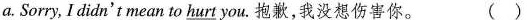
a. Sorry, I didn't mean to hurt you.抱歉,我没想伤害你。 ()